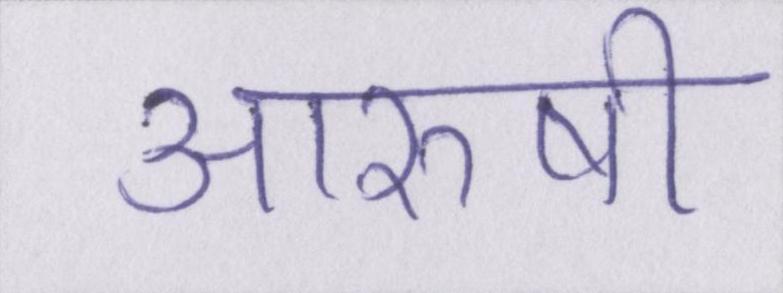
आरुषी